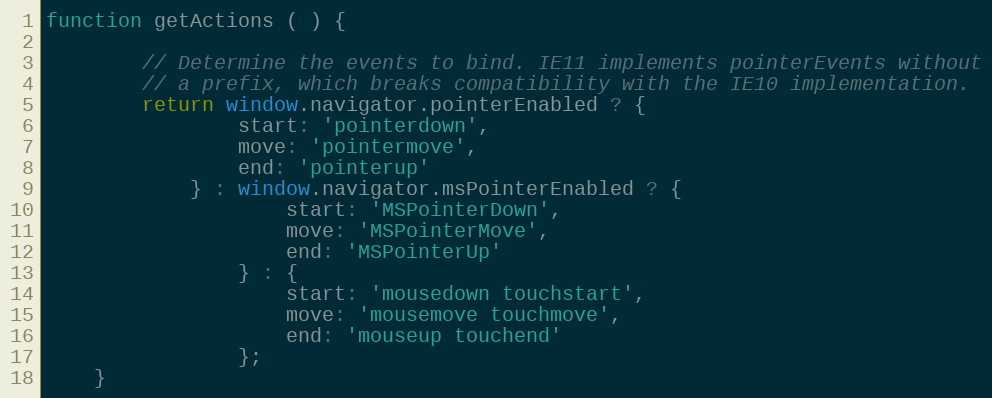
Language: JavaScript
function getActions ( ) {

        // Determine the events to bind. IE11 implements pointerEvents without
        // a prefix, which breaks compatibility with the IE10 implementation.
        return window.navigator.pointerEnabled ? {
                start: 'pointerdown',
                move: 'pointermove',
                end: 'pointerup'
            } : window.navigator.msPointerEnabled ? {
                    start: 'MSPointerDown',
                    move: 'MSPointerMove',
                    end: 'MSPointerUp'
                } : {
                    start: 'mousedown touchstart',
                    move: 'mousemove touchmove',
                    end: 'mouseup touchend'
                };
    }